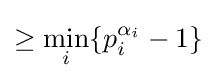
\geq {\underset {i}{\operatorname {min} }}\{p_{i}^{\alpha _{i}}-1\}